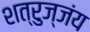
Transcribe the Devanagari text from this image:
शत्रुज्जंय